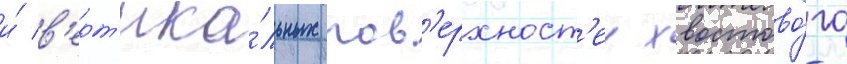
и́ в'ерт'ика́льных пов'ерхност'еи хвостово́го